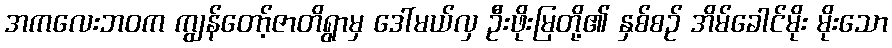
အကလေးဘဝက ကျွန်တော့်ဇာတိရွာမှ ဒေါ်မယ်လှ ဦးဖိုးမြတို့၏ နှစ်စဉ် အိမ်ခေါင်မိုး မိုးသော